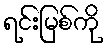
ရင်းမြစ်ကို